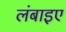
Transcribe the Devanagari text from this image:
लंबाइए